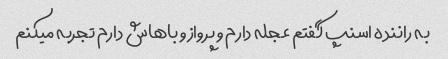
به راننده اسنپ گفتم عجله دارم و پروازو باهاش دارم تجربه میکنم